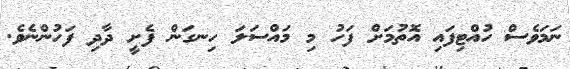
ނަމަވެސް ހުއްޓިފައި އޮތުމަށް ފަހު މި މައްސަލަ ހިނގަން ފެށީ ދާދި ފަހުންނެވެ.